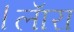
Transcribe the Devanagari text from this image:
।लाॅरा